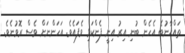
ތައްޚާނުބެ އެހެން ބުނި އިރު އިނީ ފެންކަޅި ވެފައެވެ. އަހަންނަށް ވެސް ރޮވުނެވެ.